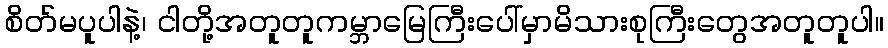
စိတ်မပူပါနဲ့၊ ငါတို့အတူတူကမ္ဘာမြေကြီးပေါ်မှာမိသားစုကြီးတွေအတူတူပါ။